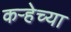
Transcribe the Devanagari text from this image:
कऱ्हेच्या